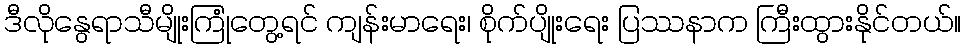
ဒီလိုနွေရာသီမျိုးကြုံတွေ့ရင် ကျန်းမာရေး၊ စိုက်ပျိုးရေး ပြဿနာက ကြီးထွားနိုင်တယ်။